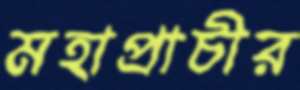
মহাপ্রাচীর